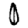
Digit: 0